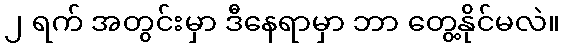
၂ ရက် အတွင်းမှာ ဒီနေရာမှာ ဘာ တွေ့နိုင်မလဲ။